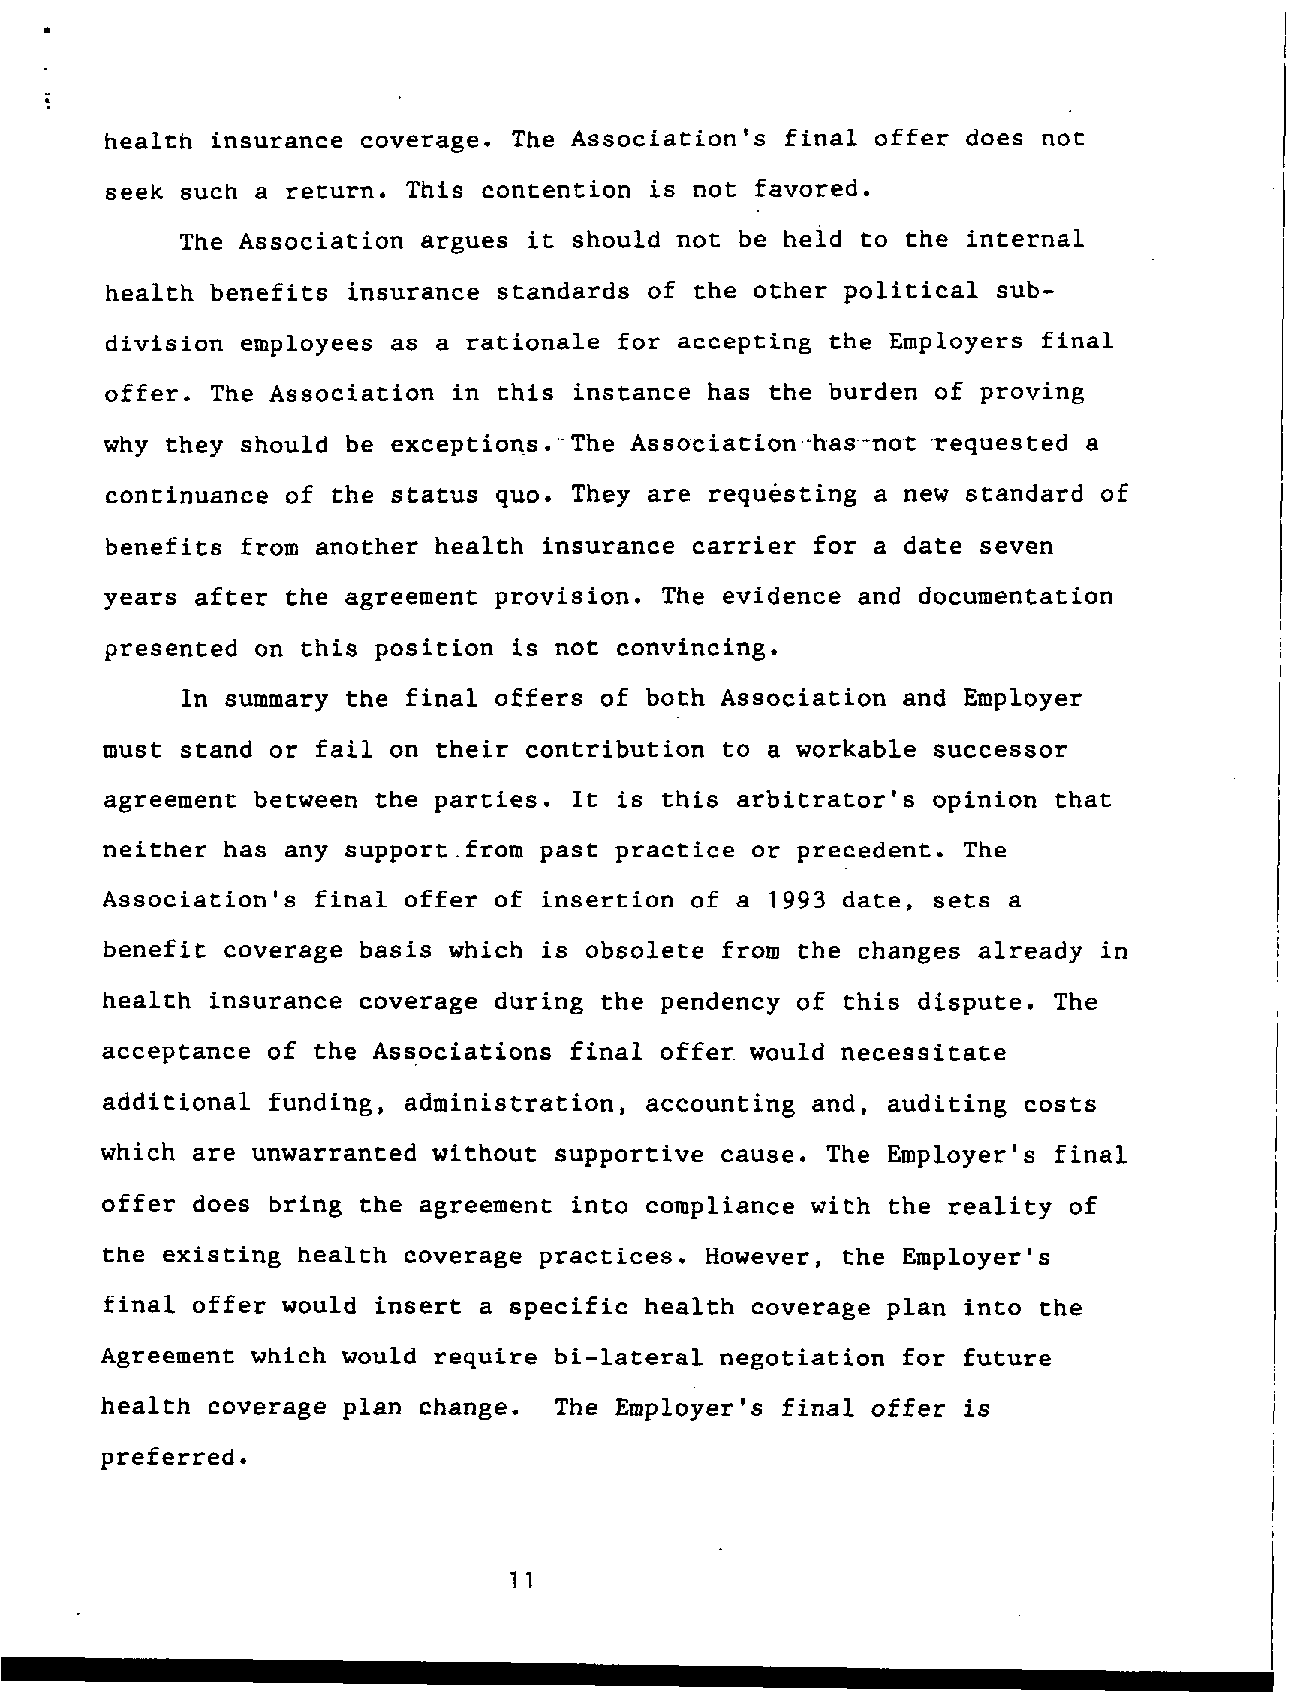
.
 J
 health insurance coverage. The Association's final offer does not
 seek such a return. This contention is not favored.
 The Association argues it should not be heid to the internal
 health benefits insurance standards of the other political sub-
 division employees as a rationale for accepting the Employers final
 offer. The Association in this instance has the burden of proving
 why they should be exception-s. ,-.The Aasaciation.*has--not requested a
 continuance of the status quo. They are requesting a new standard of
 benefits from another health insurance carrier for a date seven
 years after the agreement provision. The evidence and documentation
 presented on this position is not convincing.
 In summary the final offers of both Association and Employer
 must stand or fail on their contribution to a workable successor
 agreement between the parties. It is this arbitrator's opinion that
 neither has any support.from past practice or precedent. The
 Association's final offer of insertion of a 1993 date, sets a
 benefit coverage basis which is obsolete from the changes already in
 health insurance coverage during the pendency of this dispute. The
 acceptance of the Associations final offer would necessitate
 additional funding, administration, accounting and, auditing costs
 which are unwarranted without supportive cause. The Employer's final
 offer does bring the agreement into compliance with the reality of
 the existing health coverage practices. However, the Employer's
 final offer would insert a specific health coverage plan into the
 Agreement which would require bi-lateral negotiation for future
 health coverage plan change.  The Employer's final offer is
 preferred.
 11